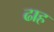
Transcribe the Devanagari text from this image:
ढाह